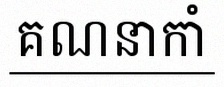
គណនាកាំ